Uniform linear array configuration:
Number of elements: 64
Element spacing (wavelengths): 1
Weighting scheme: hann
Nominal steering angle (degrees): -30
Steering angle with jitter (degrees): -28.869
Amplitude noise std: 0.05
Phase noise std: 0.05

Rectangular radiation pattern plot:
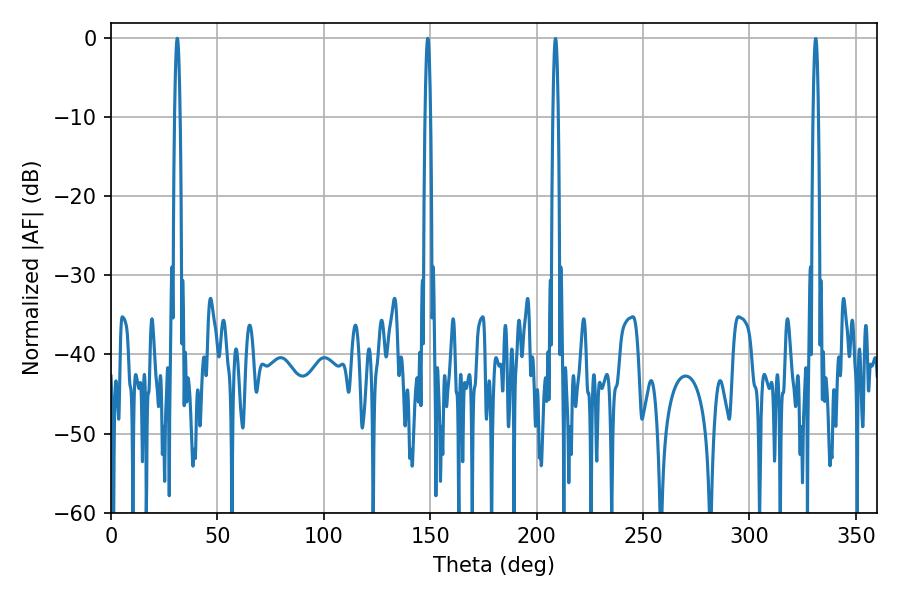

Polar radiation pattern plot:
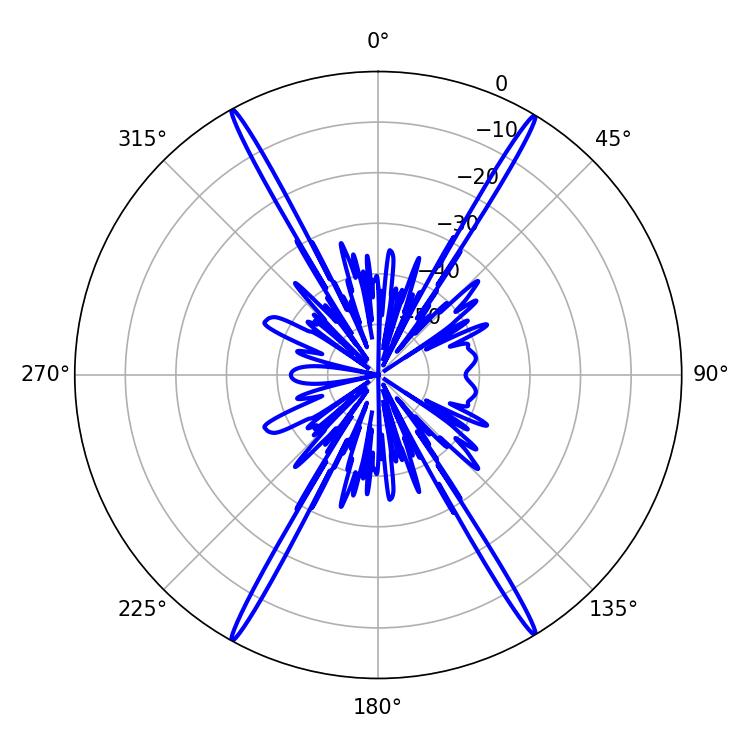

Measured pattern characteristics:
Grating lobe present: TRUE
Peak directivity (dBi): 28.936
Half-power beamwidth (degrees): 1.44
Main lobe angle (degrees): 31.14